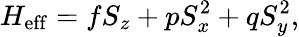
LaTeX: H_{\mathrm{eff}}=fS_{z}+pS_{x}^{2}+qS_{y}^{2},